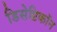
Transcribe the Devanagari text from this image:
डिसेप्टिकॉन